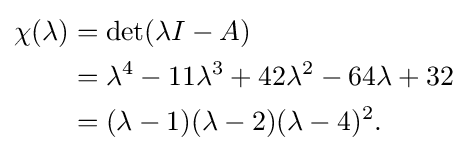
{\begin{aligned}\chi (\lambda )&=\det(\lambda I-A)\\&=\lambda ^{4}-11\lambda ^{3}+42\lambda ^{2}-64\lambda +32\\&=(\lambda -1)(\lambda -2)(\lambda -4)^{2}.\,\end{aligned}}